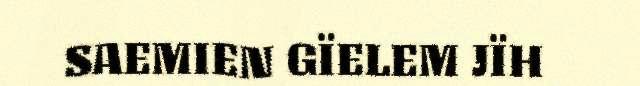
SAEMIEN GÏELEM JÏH